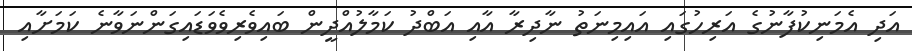
އަދި އެމަނިކުފާނުގެ އަރިހުގައި އައިމިނަތު ނާދިރާ އާއި އަބްދު ކަމާލުއްދީން ބައިވެރިވެވަޑައިގަންނަވާނެ ކަމަށާއި